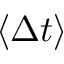
\langle \Delta t \rangle